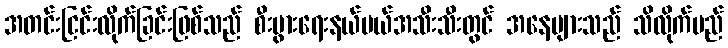
အတင်းငြင်းလိုက်ခြင်းဖြစ်သည် စီးပွားရေးနယ်ပယ်အသီးသီးတွင် အနေများသည် သိလိုက်မည်